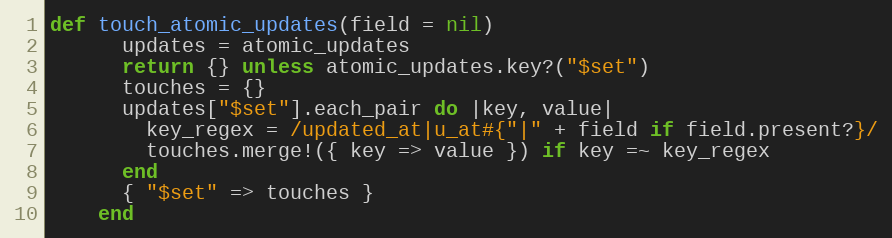
Language: Ruby
def touch_atomic_updates(field = nil)
      updates = atomic_updates
      return {} unless atomic_updates.key?("$set")
      touches = {}
      updates["$set"].each_pair do |key, value|
        key_regex = /updated_at|u_at#{"|" + field if field.present?}/
        touches.merge!({ key => value }) if key =~ key_regex
      end
      { "$set" => touches }
    end